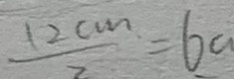
\frac { 1 2 c m } { 2 } = 6 a